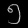
Digit: ၅